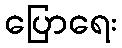
ပြောရေး